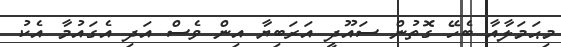
މިޙަމަލާއާ ބެހޭ ގޮތުން ސައޫދީ އަރަބިޔާ އިން ވެސް އަދި އެގައުމާ އެކު